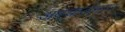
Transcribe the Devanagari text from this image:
अबचालनगर